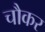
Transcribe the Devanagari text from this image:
चौकर